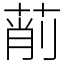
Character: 萷